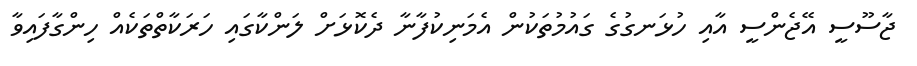
ޖާސޫސީ އޭޖެންސީ އާއި ހުޅަނގުގެ ގައުމުތަކުން އެމަނިކުފާނާ ދެކޮޅަށް ލަންކާގައި ހަރަކާތްތަކެއް ހިންގާފައިވާ